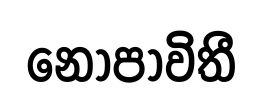
නොපාවිතී